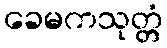
ခေမကသုတ္တံ